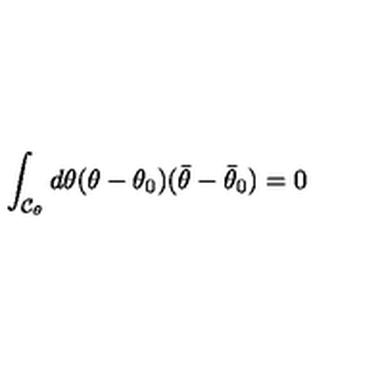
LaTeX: \int _ { { \cal C } _ { \theta } } d \theta ( \theta - \theta _ { 0 } ) ( \bar { \theta } - \bar { \theta } _ { 0 } ) = 0